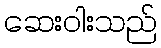
ဆေးဝါးသည်